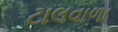
ટાલવાળા